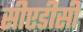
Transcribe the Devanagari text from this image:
सीएडीसी